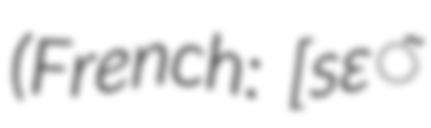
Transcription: (French: [sɛ̃